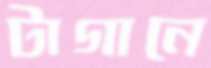
টাগানে